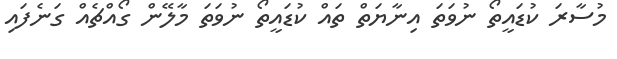
މުސާރަ ކުޑައީތޯ ނުވަތަ އިނާޔަތް ތައް ކުޑައީތޯ ނުވަތަ މާލޭން ގޯއްޗެއް ގަނެފައި